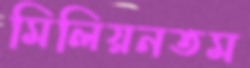
মিলিয়নতম